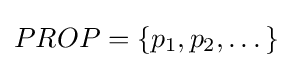
PROP=\{p_{1},p_{2},\dots \}